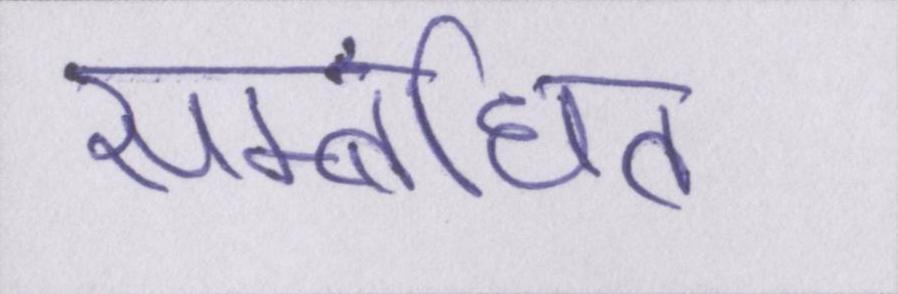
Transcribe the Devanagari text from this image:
सम्बंधित